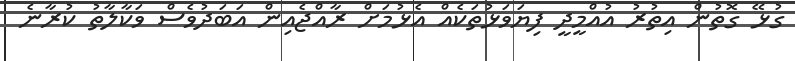
ގުޅޭ ގޮތުން އިތުރު އުއްމީދީ ފިޔަވަޅުތަކެއް އެޅުމަށް ރާއްޖެއިން އަބަދުވެސް ވަކާލާތު ކުރާނެ